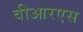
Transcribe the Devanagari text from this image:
वीआरएस